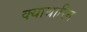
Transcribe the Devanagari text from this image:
क्याथारिन